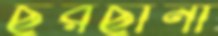
ছরছীনা